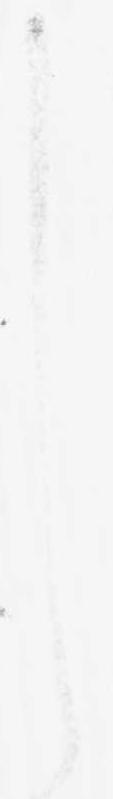
し